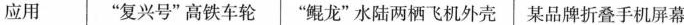
应用 ”复兴号”高铁车轮 ”鲲龙”水陆两栖飞机外壳 某品牌折叠手机屏幕